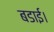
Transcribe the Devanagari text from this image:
बडाई।